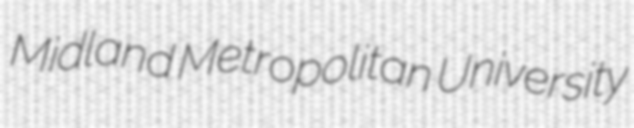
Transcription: Midland Metropolitan University